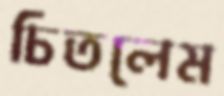
চিতলেম